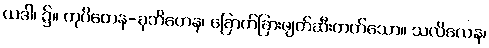
ယဒါ၊ ၌။ ကုပိတေန-ခုဘိတေန၊ ခြောက်ခြားဖျက်ဆီးတတ်သော။ သလိလေန၊